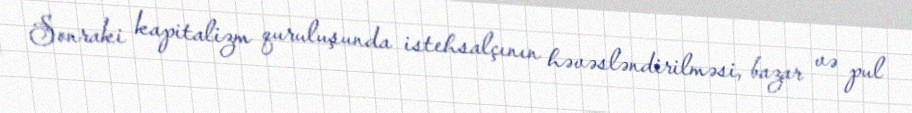
Sonraki kapitalizm quruluşunda istehsalçının həvəsləndirilməsi, bazar və pul